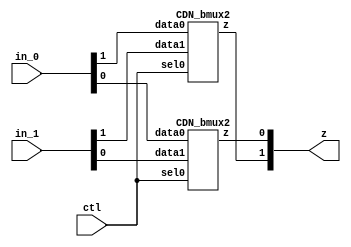

// Generated by Cadence Genus(TM) Synthesis Solution 18.10-p003_1
// Generated on: Jun 29 2019 16:19:10 EDT (Jun 29 2019 20:19:10 UTC)

// Verification Directory fv/gcd 

module bmux(ctl, in_0, in_1, z);
  input ctl;
  input [1:0] in_0, in_1;
  output [1:0] z;
  wire ctl;
  wire [1:0] in_0, in_1;
  wire [1:0] z;
  CDN_bmux2 g1(.sel0 (ctl), .data0 (in_0[1]), .data1 (in_1[1]), .z
       (z[1]));
  CDN_bmux2 g2(.sel0 (ctl), .data0 (in_0[0]), .data1 (in_1[0]), .z
       (z[0]));
endmodule

module RegRst_0x9f365fdf6c8998a(clk, in_, out, reset);
  input [0:0] clk, reset;
  input [1:0] in_;
  output [1:0] out;
  wire [0:0] clk, reset;
  wire [1:0] in_;
  wire [1:0] out;
  wire UNCONNECTED, UNCONNECTED0;
  bmux mux_out_359_9(.ctl (reset), .in_0 (in_), .in_1 (2'b00), .z
       ({UNCONNECTED0, UNCONNECTED}));
  CDN_flop \out_reg[0] (.clk (clk), .d (in_[0]), .sena (1'b1), .aclr
       (1'b0), .apre (1'b0), .srl (reset), .srd (1'b0), .q (out[0]));
  CDN_flop \out_reg[1] (.clk (clk), .d (in_[1]), .sena (1'b1), .aclr
       (1'b0), .apre (1'b0), .srl (reset), .srd (1'b0), .q (out[1]));
endmodule

module case_box(in_0, out_0);
  input [1:0] in_0;
  output [3:0] out_0;
  wire [1:0] in_0;
  wire [3:0] out_0;
  wire n_4, n_6;
  assign out_0[3] = ~(in_0[0] | in_0[1]);
  assign out_0[2] = ~(n_4 | in_0[1]);
  assign n_4 = ~(in_0[0]);
  assign out_0[1] = ~(in_0[0] | n_6);
  assign n_6 = ~(in_0[1]);
  assign out_0[0] = ~(n_4 | n_6);
endmodule

module mux(ctl, in_0, in_1, in_2, in_3, z);
  input [3:0] ctl, in_0, in_1, in_2, in_3;
  output [3:0] z;
  wire [3:0] ctl, in_0, in_1, in_2, in_3;
  wire [3:0] z;
  CDN_mux4 g1(.sel0 (ctl[3]), .data0 (in_0[3]), .sel1 (ctl[2]), .data1
       (in_1[3]), .sel2 (ctl[1]), .data2 (in_2[3]), .sel3 (ctl[0]),
       .data3 (in_3[3]), .z (z[3]));
  CDN_mux4 g5(.sel0 (ctl[3]), .data0 (in_0[2]), .sel1 (ctl[2]), .data1
       (in_1[2]), .sel2 (ctl[1]), .data2 (in_2[2]), .sel3 (ctl[0]),
       .data3 (in_3[2]), .z (z[2]));
  CDN_mux4 g6(.sel0 (ctl[3]), .data0 (in_0[1]), .sel1 (ctl[2]), .data1
       (in_1[1]), .sel2 (ctl[1]), .data2 (in_2[1]), .sel3 (ctl[0]),
       .data3 (in_3[1]), .z (z[1]));
  CDN_mux4 g7(.sel0 (ctl[3]), .data0 (in_0[0]), .sel1 (ctl[2]), .data1
       (in_1[0]), .sel2 (ctl[1]), .data2 (in_2[0]), .sel3 (ctl[0]),
       .data3 (in_3[0]), .z (z[0]));
endmodule

module bmux_10(ctl, in_0, in_1, in_2, in_3, z);
  input [1:0] ctl;
  input in_0, in_1, in_2, in_3;
  output z;
  wire [1:0] ctl;
  wire in_0, in_1, in_2, in_3;
  wire z;
  CDN_bmux4 g1(.sel0 (ctl[0]), .data0 (in_0), .data1 (in_1), .sel1
       (ctl[1]), .data2 (in_2), .data3 (in_3), .z (z));
endmodule

module bmux_12(ctl, in_0, in_1, in_2, in_3, z);
  input [1:0] ctl, in_0, in_1, in_2, in_3;
  output [1:0] z;
  wire [1:0] ctl, in_0, in_1, in_2, in_3;
  wire [1:0] z;
  CDN_bmux4 g1(.sel0 (ctl[0]), .data0 (in_0[1]), .data1 (in_1[1]),
       .sel1 (ctl[1]), .data2 (in_2[1]), .data3 (in_3[1]), .z (z[1]));
  CDN_bmux4 g2(.sel0 (ctl[0]), .data0 (in_0[0]), .data1 (in_1[0]),
       .sel1 (ctl[1]), .data2 (in_2[0]), .data3 (in_3[0]), .z (z[0]));
endmodule

module GcdUnitCtrlRTL_0x4d0fc71ead8d3d9e(a_mux_sel, a_reg_en,
     b_mux_sel, b_reg_en, clk, is_a_lt_b, is_b_zero, req_rdy, req_val,
     reset, resp_rdy, resp_val);
  input [0:0] clk, is_a_lt_b, is_b_zero, req_val, reset, resp_rdy;
  output [1:0] a_mux_sel;
  output [0:0] a_reg_en, b_mux_sel, b_reg_en, req_rdy, resp_val;
  wire [0:0] clk, is_a_lt_b, is_b_zero, req_val, reset, resp_rdy;
  wire [1:0] a_mux_sel;
  wire [0:0] a_reg_en, b_mux_sel, b_reg_en, req_rdy, resp_val;
  wire [1:0] state$in_;
  wire [1:0] state$out;
  wire [1:0] next_state__0;
  wire n_40, n_41, n_42, n_43, n_44, n_45, n_46, n_47;
  wire n_48, n_49, n_50, n_65, n_68, n_73;
  RegRst_0x9f365fdf6c8998a state(.clk (clk), .in_ (state$in_), .out
       (state$out), .reset (reset));
  bmux mux_next_state__0_201_24(.ctl (n_42), .in_0 (state$out), .in_1
       (2'b01), .z (next_state__0));
  bmux mux_next_state__0_210_24(.ctl (n_41), .in_0 (next_state__0),
       .in_1 (2'b10), .z ({n_44, n_43}));
  bmux mux_next_state__0_219_24(.ctl (n_40), .in_0 ({n_44, n_43}),
       .in_1 (2'b00), .z (state$in_));
  case_box ctl_285_10(.in_0 (state$out), .out_0 ({n_45, n_46, n_47,
       n_48}));
  mux mux_cmbsop_req_rdy_285_10(.ctl ({n_45, n_46, n_47, n_48}), .in_0
       (4'b1011), .in_1 (4'b0010), .in_2 (4'b0100), .in_3 (4'b0000), .z
       ({req_rdy, resp_val, a_reg_en, b_mux_sel}));
  bmux_10 mux_b_reg_en_285_10(.ctl (state$out), .in_0 (1'b1), .in_1
       (is_a_lt_b), .in_2 (1'b0), .in_3 (1'b0), .z (b_reg_en));
  bmux mux_299_21(.ctl (is_a_lt_b), .in_0 (2'b01), .in_1 (2'b10), .z
       ({n_50, n_49}));
  bmux_12 mux_a_mux_sel_285_10(.ctl (state$out), .in_0 (2'b00), .in_1
       ({n_50, n_49}), .in_2 (2'b00), .in_3 (2'b00), .z (a_mux_sel));
  assign n_68 = ~(state$out[1]);
  assign n_65 = ~(state$out[0]);
  assign n_40 = state$out[1] & n_65 & resp_val & resp_rdy;
  assign n_41 = n_73 & state$out[0] & n_68 & is_b_zero;
  assign n_73 = ~(is_a_lt_b);
  assign n_42 = n_65 & n_68 & req_val & req_rdy;
endmodule

module RegEn_0x68db79c4ec1d6e5b(clk, en, in_, out, reset);
  input [0:0] clk, en, reset;
  input [15:0] in_;
  output [15:0] out;
  wire [0:0] clk, en, reset;
  wire [15:0] in_;
  wire [15:0] out;
  CDN_flop \out_reg[0] (.clk (clk), .d (in_[0]), .sena (en), .aclr
       (1'b0), .apre (1'b0), .srl (1'b0), .srd (1'b0), .q (out[0]));
  CDN_flop \out_reg[1] (.clk (clk), .d (in_[1]), .sena (en), .aclr
       (1'b0), .apre (1'b0), .srl (1'b0), .srd (1'b0), .q (out[1]));
  CDN_flop \out_reg[2] (.clk (clk), .d (in_[2]), .sena (en), .aclr
       (1'b0), .apre (1'b0), .srl (1'b0), .srd (1'b0), .q (out[2]));
  CDN_flop \out_reg[3] (.clk (clk), .d (in_[3]), .sena (en), .aclr
       (1'b0), .apre (1'b0), .srl (1'b0), .srd (1'b0), .q (out[3]));
  CDN_flop \out_reg[4] (.clk (clk), .d (in_[4]), .sena (en), .aclr
       (1'b0), .apre (1'b0), .srl (1'b0), .srd (1'b0), .q (out[4]));
  CDN_flop \out_reg[5] (.clk (clk), .d (in_[5]), .sena (en), .aclr
       (1'b0), .apre (1'b0), .srl (1'b0), .srd (1'b0), .q (out[5]));
  CDN_flop \out_reg[6] (.clk (clk), .d (in_[6]), .sena (en), .aclr
       (1'b0), .apre (1'b0), .srl (1'b0), .srd (1'b0), .q (out[6]));
  CDN_flop \out_reg[7] (.clk (clk), .d (in_[7]), .sena (en), .aclr
       (1'b0), .apre (1'b0), .srl (1'b0), .srd (1'b0), .q (out[7]));
  CDN_flop \out_reg[8] (.clk (clk), .d (in_[8]), .sena (en), .aclr
       (1'b0), .apre (1'b0), .srl (1'b0), .srd (1'b0), .q (out[8]));
  CDN_flop \out_reg[9] (.clk (clk), .d (in_[9]), .sena (en), .aclr
       (1'b0), .apre (1'b0), .srl (1'b0), .srd (1'b0), .q (out[9]));
  CDN_flop \out_reg[10] (.clk (clk), .d (in_[10]), .sena (en), .aclr
       (1'b0), .apre (1'b0), .srl (1'b0), .srd (1'b0), .q (out[10]));
  CDN_flop \out_reg[11] (.clk (clk), .d (in_[11]), .sena (en), .aclr
       (1'b0), .apre (1'b0), .srl (1'b0), .srd (1'b0), .q (out[11]));
  CDN_flop \out_reg[12] (.clk (clk), .d (in_[12]), .sena (en), .aclr
       (1'b0), .apre (1'b0), .srl (1'b0), .srd (1'b0), .q (out[12]));
  CDN_flop \out_reg[13] (.clk (clk), .d (in_[13]), .sena (en), .aclr
       (1'b0), .apre (1'b0), .srl (1'b0), .srd (1'b0), .q (out[13]));
  CDN_flop \out_reg[14] (.clk (clk), .d (in_[14]), .sena (en), .aclr
       (1'b0), .apre (1'b0), .srl (1'b0), .srd (1'b0), .q (out[14]));
  CDN_flop \out_reg[15] (.clk (clk), .d (in_[15]), .sena (en), .aclr
       (1'b0), .apre (1'b0), .srl (1'b0), .srd (1'b0), .q (out[15]));
endmodule

module lt_unsigned(A, B, Z);
  input [15:0] A, B;
  output Z;
  wire [15:0] A, B;
  wire Z;
  wire n_52, n_53, n_54, n_55, n_56, n_57, n_58, n_59;
  wire n_60, n_61, n_62, n_63, n_64, n_65, n_66, n_68;
  wire n_69, n_71, n_72, n_73, n_74, n_75, n_76, n_77;
  wire n_78, n_79, n_80, n_81, n_82, n_83, n_84, n_85;
  wire n_86, n_87, n_88, n_89, n_90, n_91, n_92, n_93;
  wire n_94, n_95, n_96, n_97, n_98, n_99, n_100, n_101;
  wire n_102, n_103, n_104, n_105, n_106, n_107, n_108, n_109;
  wire n_110, n_111, n_112, n_113, n_114, n_115, n_116, n_117;
  wire n_118, n_121, n_122, n_123, n_124, n_127, n_129, n_130;
  wire n_131, n_132, n_133, n_134, n_137, n_139, n_140, n_141;
  wire n_142, n_143, n_144, n_147, n_149, n_150, n_151, n_152;
  wire n_153, n_154, n_162, n_163, n_164, n_165, n_166, n_169;
  wire n_177, n_178, n_179, n_180, n_181, n_200, n_201, n_202;
  assign n_52 = ~(B[15]);
  assign n_53 = ~(B[14]);
  assign n_54 = ~(B[13]);
  assign n_55 = ~(B[12]);
  assign n_56 = ~(B[11]);
  assign n_57 = ~(B[10]);
  assign n_58 = ~(B[9]);
  assign n_59 = ~(B[8]);
  assign n_60 = ~(B[7]);
  assign n_61 = ~(B[6]);
  assign n_62 = ~(B[5]);
  assign n_63 = ~(B[4]);
  assign n_64 = ~(B[3]);
  assign n_65 = ~(B[2]);
  assign n_66 = ~(B[1]);
  assign Z = ~(n_68);
  assign n_72 = ~(n_69 & B[0]);
  assign n_71 = ~(A[1] | n_66);
  assign n_74 = ~(A[1] & n_66);
  assign n_81 = ~(A[2] | n_65);
  assign n_76 = ~(A[2] & n_65);
  assign n_77 = ~(A[3] | n_64);
  assign n_78 = ~(A[3] & n_64);
  assign n_87 = ~(A[4] | n_63);
  assign n_82 = ~(A[4] & n_63);
  assign n_83 = ~(A[5] | n_62);
  assign n_84 = ~(A[5] & n_62);
  assign n_93 = ~(A[6] | n_61);
  assign n_88 = ~(A[6] & n_61);
  assign n_89 = ~(A[7] | n_60);
  assign n_90 = ~(A[7] & n_60);
  assign n_99 = ~(A[8] | n_59);
  assign n_94 = ~(A[8] & n_59);
  assign n_95 = ~(A[9] | n_58);
  assign n_96 = ~(A[9] & n_58);
  assign n_105 = ~(A[10] | n_57);
  assign n_100 = ~(A[10] & n_57);
  assign n_101 = ~(A[11] | n_56);
  assign n_102 = ~(A[11] & n_56);
  assign n_111 = ~(A[12] | n_55);
  assign n_106 = ~(A[12] & n_55);
  assign n_107 = ~(A[13] | n_54);
  assign n_108 = ~(A[13] & n_54);
  assign n_117 = ~(A[14] | n_53);
  assign n_112 = ~(A[14] & n_53);
  assign n_113 = ~(A[15] | n_52);
  assign n_114 = ~(A[15] & n_52);
  assign n_73 = ~(n_71);
  assign n_75 = ~(n_72 & n_73);
  assign n_118 = ~(n_74 & n_75);
  assign n_79 = ~(n_76 | n_77);
  assign n_80 = ~(n_78);
  assign n_122 = ~(n_79 | n_80);
  assign n_121 = ~(n_81 | n_77);
  assign n_85 = ~(n_82 | n_83);
  assign n_86 = ~(n_84);
  assign n_124 = ~(n_85 | n_86);
  assign n_127 = ~(n_87 | n_83);
  assign n_91 = ~(n_88 | n_89);
  assign n_92 = ~(n_90);
  assign n_131 = ~(n_91 | n_92);
  assign n_129 = ~(n_93 | n_89);
  assign n_97 = ~(n_94 | n_95);
  assign n_98 = ~(n_96);
  assign n_134 = ~(n_97 | n_98);
  assign n_137 = ~(n_99 | n_95);
  assign n_103 = ~(n_100 | n_101);
  assign n_104 = ~(n_102);
  assign n_141 = ~(n_103 | n_104);
  assign n_139 = ~(n_105 | n_101);
  assign n_109 = ~(n_106 | n_107);
  assign n_110 = ~(n_108);
  assign n_144 = ~(n_109 | n_110);
  assign n_147 = ~(n_111 | n_107);
  assign n_115 = ~(n_112 | n_113);
  assign n_116 = ~(n_114);
  assign n_151 = ~(n_115 | n_116);
  assign n_149 = ~(n_117 | n_113);
  assign n_123 = ~(n_121 & n_118);
  assign n_154 = ~(n_122 & n_123);
  assign n_130 = ~(n_129);
  assign n_132 = ~(n_124 | n_130);
  assign n_133 = ~(n_131);
  assign n_164 = ~(n_132 | n_133);
  assign n_162 = ~(n_127 & n_129);
  assign n_140 = ~(n_139);
  assign n_142 = ~(n_134 | n_140);
  assign n_143 = ~(n_141);
  assign n_166 = ~(n_142 | n_143);
  assign n_169 = ~(n_137 & n_139);
  assign n_150 = ~(n_149);
  assign n_152 = ~(n_144 | n_150);
  assign n_153 = ~(n_151);
  assign n_178 = ~(n_152 | n_153);
  assign n_177 = ~(n_147 & n_149);
  assign n_163 = ~(n_162);
  assign n_165 = ~(n_154 & n_163);
  assign n_181 = ~(n_164 & n_165);
  assign n_179 = ~(n_177 | n_166);
  assign n_180 = ~(n_178);
  assign n_201 = ~(n_179 | n_180);
  assign n_200 = ~(n_169 | n_177);
  assign n_202 = ~(n_200 & n_181);
  assign n_68 = ~(n_201 & n_202);
  assign n_69 = ~(A[0]);
endmodule

module LtComparator_0x422b1f52edd46a85(clk, in0, in1, out, reset);
  input [0:0] clk, reset;
  input [15:0] in0, in1;
  output [0:0] out;
  wire [0:0] clk, reset;
  wire [15:0] in0, in1;
  wire [0:0] out;
  lt_unsigned lt_613_16(.A (in0), .B (in1), .Z (out));
endmodule

module equal_unsigned_14(A, B, Z);
  input [15:0] A;
  input B;
  output Z;
  wire [15:0] A;
  wire B;
  wire Z;
  wire n_19, n_20, n_21, n_22, n_23, n_24, n_25;
  assign n_19 = ~(A[0] ^ B);
  assign n_20 = ~(A[15] | A[14] | A[13] | A[12]);
  assign n_21 = ~(A[11] | A[10] | A[9] | A[8]);
  assign n_22 = ~(A[7] | A[6] | A[5] | A[4]);
  assign n_23 = ~(A[3] | A[2] | A[1]);
  assign n_24 = ~(n_19 & n_20 & n_21 & n_22);
  assign n_25 = ~(n_23);
  assign Z = ~(n_24 | n_25);
endmodule

module ZeroComparator_0x422b1f52edd46a85(clk, in_, out, reset);
  input [0:0] clk, reset;
  input [15:0] in_;
  output [0:0] out;
  wire [0:0] clk, reset;
  wire [15:0] in_;
  wire [0:0] out;
  equal_unsigned_14 eq_643_16(.A (in_), .B (1'b0), .Z (out));
endmodule

module mux_15(ctl, in_0, in_1, in_2, z);
  input [2:0] ctl;
  input [15:0] in_0, in_1, in_2;
  output [15:0] z;
  wire [2:0] ctl;
  wire [15:0] in_0, in_1, in_2;
  wire [15:0] z;
  CDN_mux3 g1(.sel0 (ctl[2]), .data0 (in_0[15]), .sel1 (ctl[1]), .data1
       (in_1[15]), .sel2 (ctl[0]), .data2 (in_2[15]), .z (z[15]));
  CDN_mux3 g17(.sel0 (ctl[2]), .data0 (in_0[14]), .sel1 (ctl[1]),
       .data1 (in_1[14]), .sel2 (ctl[0]), .data2 (in_2[14]), .z
       (z[14]));
  CDN_mux3 g18(.sel0 (ctl[2]), .data0 (in_0[13]), .sel1 (ctl[1]),
       .data1 (in_1[13]), .sel2 (ctl[0]), .data2 (in_2[13]), .z
       (z[13]));
  CDN_mux3 g19(.sel0 (ctl[2]), .data0 (in_0[12]), .sel1 (ctl[1]),
       .data1 (in_1[12]), .sel2 (ctl[0]), .data2 (in_2[12]), .z
       (z[12]));
  CDN_mux3 g20(.sel0 (ctl[2]), .data0 (in_0[11]), .sel1 (ctl[1]),
       .data1 (in_1[11]), .sel2 (ctl[0]), .data2 (in_2[11]), .z
       (z[11]));
  CDN_mux3 g21(.sel0 (ctl[2]), .data0 (in_0[10]), .sel1 (ctl[1]),
       .data1 (in_1[10]), .sel2 (ctl[0]), .data2 (in_2[10]), .z
       (z[10]));
  CDN_mux3 g22(.sel0 (ctl[2]), .data0 (in_0[9]), .sel1 (ctl[1]), .data1
       (in_1[9]), .sel2 (ctl[0]), .data2 (in_2[9]), .z (z[9]));
  CDN_mux3 g23(.sel0 (ctl[2]), .data0 (in_0[8]), .sel1 (ctl[1]), .data1
       (in_1[8]), .sel2 (ctl[0]), .data2 (in_2[8]), .z (z[8]));
  CDN_mux3 g24(.sel0 (ctl[2]), .data0 (in_0[7]), .sel1 (ctl[1]), .data1
       (in_1[7]), .sel2 (ctl[0]), .data2 (in_2[7]), .z (z[7]));
  CDN_mux3 g25(.sel0 (ctl[2]), .data0 (in_0[6]), .sel1 (ctl[1]), .data1
       (in_1[6]), .sel2 (ctl[0]), .data2 (in_2[6]), .z (z[6]));
  CDN_mux3 g26(.sel0 (ctl[2]), .data0 (in_0[5]), .sel1 (ctl[1]), .data1
       (in_1[5]), .sel2 (ctl[0]), .data2 (in_2[5]), .z (z[5]));
  CDN_mux3 g27(.sel0 (ctl[2]), .data0 (in_0[4]), .sel1 (ctl[1]), .data1
       (in_1[4]), .sel2 (ctl[0]), .data2 (in_2[4]), .z (z[4]));
  CDN_mux3 g28(.sel0 (ctl[2]), .data0 (in_0[3]), .sel1 (ctl[1]), .data1
       (in_1[3]), .sel2 (ctl[0]), .data2 (in_2[3]), .z (z[3]));
  CDN_mux3 g29(.sel0 (ctl[2]), .data0 (in_0[2]), .sel1 (ctl[1]), .data1
       (in_1[2]), .sel2 (ctl[0]), .data2 (in_2[2]), .z (z[2]));
  CDN_mux3 g30(.sel0 (ctl[2]), .data0 (in_0[1]), .sel1 (ctl[1]), .data1
       (in_1[1]), .sel2 (ctl[0]), .data2 (in_2[1]), .z (z[1]));
  CDN_mux3 g31(.sel0 (ctl[2]), .data0 (in_0[0]), .sel1 (ctl[1]), .data1
       (in_1[0]), .sel2 (ctl[0]), .data2 (in_2[0]), .z (z[0]));
endmodule

module Mux_0x683fa1a418b072c9(clk, in_$000, in_$001, in_$002, out,
     reset, sel);
  input [0:0] clk, reset;
  input [15:0] in_$000, in_$001, in_$002;
  input [1:0] sel;
  output [15:0] out;
  wire [0:0] clk, reset;
  wire [15:0] in_$000, in_$001, in_$002;
  wire [1:0] sel;
  wire [15:0] out;
  wire n_3;
  mux_15 \mux_in_[sel]_686_11 (.ctl ({n_3, sel[0], sel[1]}), .in_0
       (in_$000), .in_1 (in_$001), .in_2 (in_$002), .z (out));
  assign n_3 = ~(sel[0] | sel[1]);
endmodule

module mux_30(ctl, in_0, in_1, z);
  input [1:0] ctl;
  input [15:0] in_0, in_1;
  output [15:0] z;
  wire [1:0] ctl;
  wire [15:0] in_0, in_1;
  wire [15:0] z;
  CDN_mux2 g1(.sel0 (ctl[1]), .data0 (in_0[15]), .sel1 (ctl[0]), .data1
       (in_1[15]), .z (z[15]));
  CDN_mux2 g17(.sel0 (ctl[1]), .data0 (in_0[14]), .sel1 (ctl[0]),
       .data1 (in_1[14]), .z (z[14]));
  CDN_mux2 g18(.sel0 (ctl[1]), .data0 (in_0[13]), .sel1 (ctl[0]),
       .data1 (in_1[13]), .z (z[13]));
  CDN_mux2 g19(.sel0 (ctl[1]), .data0 (in_0[12]), .sel1 (ctl[0]),
       .data1 (in_1[12]), .z (z[12]));
  CDN_mux2 g20(.sel0 (ctl[1]), .data0 (in_0[11]), .sel1 (ctl[0]),
       .data1 (in_1[11]), .z (z[11]));
  CDN_mux2 g21(.sel0 (ctl[1]), .data0 (in_0[10]), .sel1 (ctl[0]),
       .data1 (in_1[10]), .z (z[10]));
  CDN_mux2 g22(.sel0 (ctl[1]), .data0 (in_0[9]), .sel1 (ctl[0]), .data1
       (in_1[9]), .z (z[9]));
  CDN_mux2 g23(.sel0 (ctl[1]), .data0 (in_0[8]), .sel1 (ctl[0]), .data1
       (in_1[8]), .z (z[8]));
  CDN_mux2 g24(.sel0 (ctl[1]), .data0 (in_0[7]), .sel1 (ctl[0]), .data1
       (in_1[7]), .z (z[7]));
  CDN_mux2 g25(.sel0 (ctl[1]), .data0 (in_0[6]), .sel1 (ctl[0]), .data1
       (in_1[6]), .z (z[6]));
  CDN_mux2 g26(.sel0 (ctl[1]), .data0 (in_0[5]), .sel1 (ctl[0]), .data1
       (in_1[5]), .z (z[5]));
  CDN_mux2 g27(.sel0 (ctl[1]), .data0 (in_0[4]), .sel1 (ctl[0]), .data1
       (in_1[4]), .z (z[4]));
  CDN_mux2 g28(.sel0 (ctl[1]), .data0 (in_0[3]), .sel1 (ctl[0]), .data1
       (in_1[3]), .z (z[3]));
  CDN_mux2 g29(.sel0 (ctl[1]), .data0 (in_0[2]), .sel1 (ctl[0]), .data1
       (in_1[2]), .z (z[2]));
  CDN_mux2 g30(.sel0 (ctl[1]), .data0 (in_0[1]), .sel1 (ctl[0]), .data1
       (in_1[1]), .z (z[1]));
  CDN_mux2 g31(.sel0 (ctl[1]), .data0 (in_0[0]), .sel1 (ctl[0]), .data1
       (in_1[0]), .z (z[0]));
endmodule

module Mux_0xdd6473406d1a99a(clk, in_$000, in_$001, out, reset, sel);
  input [0:0] clk, reset, sel;
  input [15:0] in_$000, in_$001;
  output [15:0] out;
  wire [0:0] clk, reset, sel;
  wire [15:0] in_$000, in_$001;
  wire [15:0] out;
  wire n_2;
  mux_30 \mux_in_[sel]_727_11 (.ctl ({n_2, sel}), .in_0 (in_$000),
       .in_1 (in_$001), .z (out));
  assign n_2 = ~(sel);
endmodule

module sub_unsigned(A, B, Z);
  input [15:0] A, B;
  output [15:0] Z;
  wire [15:0] A, B;
  wire [15:0] Z;
  wire n_51, n_52, n_53, n_54, n_55, n_56, n_57, n_58;
  wire n_59, n_60, n_61, n_62, n_63, n_64, n_65, n_66;
  wire n_69, n_71, n_72, n_73, n_74, n_75, n_76, n_77;
  wire n_78, n_79, n_80, n_81, n_82, n_83, n_84, n_85;
  wire n_86, n_87, n_88, n_89, n_90, n_91, n_92, n_93;
  wire n_94, n_95, n_96, n_97, n_98, n_99, n_100, n_101;
  wire n_102, n_103, n_104, n_105, n_106, n_107, n_108, n_109;
  wire n_110, n_111, n_112, n_113, n_114, n_117, n_118, n_119;
  wire n_120, n_121, n_122, n_123, n_124, n_125, n_126, n_127;
  wire n_128, n_129, n_130, n_131, n_132, n_133, n_134, n_135;
  wire n_136, n_137, n_138, n_139, n_140, n_141, n_142, n_143;
  wire n_144, n_145, n_146, n_147, n_148, n_154, n_155, n_156;
  wire n_157, n_158, n_159, n_160, n_161, n_162, n_163, n_164;
  wire n_165, n_166, n_167, n_168, n_169, n_170, n_171, n_172;
  wire n_173, n_174, n_175, n_176, n_181, n_182, n_183, n_184;
  wire n_185, n_186, n_187, n_188, n_189, n_190, n_191, n_192;
  wire n_193, n_194, n_195, n_196, n_197, n_198, n_199, n_203;
  wire n_204, n_205, n_206, n_207, n_208, n_209, n_210, n_211;
  wire n_212, n_213, n_214, n_215, n_216, n_217, n_218, n_219;
  wire n_220, n_221, n_222, n_223, n_224, n_225, n_226, n_227;
  wire n_228, n_229, n_230, n_231, n_232, n_233, n_234, n_235;
  wire n_236, n_237;
  assign n_51 = ~(B[15]);
  assign n_52 = ~(B[14]);
  assign n_53 = ~(B[13]);
  assign n_54 = ~(B[12]);
  assign n_55 = ~(B[11]);
  assign n_56 = ~(B[10]);
  assign n_57 = ~(B[9]);
  assign n_58 = ~(B[8]);
  assign n_59 = ~(B[7]);
  assign n_60 = ~(B[6]);
  assign n_61 = ~(B[5]);
  assign n_62 = ~(B[4]);
  assign n_63 = ~(B[3]);
  assign n_64 = ~(B[2]);
  assign n_65 = ~(B[1]);
  assign n_66 = ~(B[0]);
  assign n_237 = A[0] ^ n_66;
  assign n_72 = ~(n_69 & B[0]);
  assign n_71 = ~(A[1] | n_65);
  assign n_74 = ~(A[1] & n_65);
  assign n_81 = ~(A[2] | n_64);
  assign n_76 = ~(A[2] & n_64);
  assign n_77 = ~(A[3] | n_63);
  assign n_78 = ~(A[3] & n_63);
  assign n_87 = ~(A[4] | n_62);
  assign n_82 = ~(A[4] & n_62);
  assign n_83 = ~(A[5] | n_61);
  assign n_84 = ~(A[5] & n_61);
  assign n_93 = ~(A[6] | n_60);
  assign n_88 = ~(A[6] & n_60);
  assign n_89 = ~(A[7] | n_59);
  assign n_90 = ~(A[7] & n_59);
  assign n_99 = ~(A[8] | n_58);
  assign n_94 = ~(A[8] & n_58);
  assign n_95 = ~(A[9] | n_57);
  assign n_96 = ~(A[9] & n_57);
  assign n_105 = ~(A[10] | n_56);
  assign n_100 = ~(A[10] & n_56);
  assign n_101 = ~(A[11] | n_55);
  assign n_102 = ~(A[11] & n_55);
  assign n_111 = ~(A[12] | n_54);
  assign n_106 = ~(A[12] & n_54);
  assign n_107 = ~(A[13] | n_53);
  assign n_108 = ~(A[13] & n_53);
  assign n_117 = ~(A[14] | n_52);
  assign n_112 = ~(A[14] & n_52);
  assign n_113 = ~(A[15] | n_51);
  assign n_114 = ~(A[15] & n_51);
  assign n_73 = ~(n_71);
  assign n_75 = ~(n_72 & n_73);
  assign n_118 = ~(n_74 & n_75);
  assign n_79 = ~(n_76 | n_77);
  assign n_80 = ~(n_78);
  assign n_122 = ~(n_79 | n_80);
  assign n_121 = ~(n_81 | n_77);
  assign n_85 = ~(n_82 | n_83);
  assign n_86 = ~(n_84);
  assign n_124 = ~(n_85 | n_86);
  assign n_127 = ~(n_87 | n_83);
  assign n_91 = ~(n_88 | n_89);
  assign n_92 = ~(n_90);
  assign n_131 = ~(n_91 | n_92);
  assign n_129 = ~(n_93 | n_89);
  assign n_97 = ~(n_94 | n_95);
  assign n_98 = ~(n_96);
  assign n_134 = ~(n_97 | n_98);
  assign n_137 = ~(n_99 | n_95);
  assign n_103 = ~(n_100 | n_101);
  assign n_104 = ~(n_102);
  assign n_141 = ~(n_103 | n_104);
  assign n_139 = ~(n_105 | n_101);
  assign n_109 = ~(n_106 | n_107);
  assign n_110 = ~(n_108);
  assign n_144 = ~(n_109 | n_110);
  assign n_147 = ~(n_111 | n_107);
  assign n_119 = ~(n_81);
  assign n_120 = ~(n_118 & n_119);
  assign n_206 = ~(n_76 & n_120);
  assign n_123 = ~(n_121 & n_118);
  assign n_154 = ~(n_122 & n_123);
  assign n_125 = ~(n_93 | n_124);
  assign n_126 = ~(n_88);
  assign n_160 = ~(n_125 | n_126);
  assign n_128 = ~(n_93);
  assign n_158 = ~(n_127 & n_128);
  assign n_130 = ~(n_129);
  assign n_132 = ~(n_124 | n_130);
  assign n_133 = ~(n_131);
  assign n_164 = ~(n_132 | n_133);
  assign n_162 = ~(n_127 & n_129);
  assign n_135 = ~(n_105 | n_134);
  assign n_136 = ~(n_100);
  assign n_187 = ~(n_135 | n_136);
  assign n_138 = ~(n_105);
  assign n_185 = ~(n_137 & n_138);
  assign n_140 = ~(n_139);
  assign n_142 = ~(n_134 | n_140);
  assign n_143 = ~(n_141);
  assign n_166 = ~(n_142 | n_143);
  assign n_169 = ~(n_137 & n_139);
  assign n_145 = ~(n_117 | n_144);
  assign n_146 = ~(n_112);
  assign n_174 = ~(n_145 | n_146);
  assign n_148 = ~(n_117);
  assign n_173 = ~(n_147 & n_148);
  assign n_155 = ~(n_87);
  assign n_156 = ~(n_154 & n_155);
  assign n_210 = ~(n_82 & n_156);
  assign n_157 = ~(n_127 & n_154);
  assign n_212 = ~(n_124 & n_157);
  assign n_159 = ~(n_158);
  assign n_161 = ~(n_154 & n_159);
  assign n_215 = ~(n_160 & n_161);
  assign n_163 = ~(n_162);
  assign n_165 = ~(n_154 & n_163);
  assign n_181 = ~(n_164 & n_165);
  assign n_167 = ~(n_111 | n_166);
  assign n_168 = ~(n_106);
  assign n_192 = ~(n_167 | n_168);
  assign n_191 = ~(n_111 | n_169);
  assign n_170 = ~(n_147);
  assign n_171 = ~(n_166 | n_170);
  assign n_172 = ~(n_144);
  assign n_195 = ~(n_171 | n_172);
  assign n_194 = ~(n_169 | n_170);
  assign n_175 = ~(n_173 | n_166);
  assign n_176 = ~(n_174);
  assign n_198 = ~(n_175 | n_176);
  assign n_197 = ~(n_169 | n_173);
  assign n_182 = ~(n_99);
  assign n_183 = ~(n_181 & n_182);
  assign n_219 = ~(n_94 & n_183);
  assign n_184 = ~(n_137 & n_181);
  assign n_221 = ~(n_134 & n_184);
  assign n_186 = ~(n_185);
  assign n_188 = ~(n_181 & n_186);
  assign n_224 = ~(n_187 & n_188);
  assign n_189 = ~(n_169);
  assign n_190 = ~(n_181 & n_189);
  assign n_227 = ~(n_166 & n_190);
  assign n_193 = ~(n_191 & n_181);
  assign n_230 = ~(n_192 & n_193);
  assign n_196 = ~(n_194 & n_181);
  assign n_232 = ~(n_195 & n_196);
  assign n_199 = ~(n_197 & n_181);
  assign n_235 = ~(n_198 & n_199);
  assign n_203 = ~(n_73 & n_74);
  assign Z[1] = ~(n_72 ^ n_203);
  assign n_204 = ~(n_119 & n_76);
  assign Z[2] = ~(n_118 ^ n_204);
  assign n_205 = ~(n_77);
  assign n_207 = ~(n_205 & n_78);
  assign Z[3] = ~(n_206 ^ n_207);
  assign n_208 = ~(n_155 & n_82);
  assign Z[4] = ~(n_154 ^ n_208);
  assign n_209 = ~(n_83);
  assign n_211 = ~(n_209 & n_84);
  assign Z[5] = ~(n_210 ^ n_211);
  assign n_213 = ~(n_128 & n_88);
  assign Z[6] = ~(n_212 ^ n_213);
  assign n_214 = ~(n_89);
  assign n_216 = ~(n_214 & n_90);
  assign Z[7] = ~(n_215 ^ n_216);
  assign n_217 = ~(n_182 & n_94);
  assign Z[8] = ~(n_181 ^ n_217);
  assign n_218 = ~(n_95);
  assign n_220 = ~(n_218 & n_96);
  assign Z[9] = ~(n_219 ^ n_220);
  assign n_222 = ~(n_138 & n_100);
  assign Z[10] = ~(n_221 ^ n_222);
  assign n_223 = ~(n_101);
  assign n_225 = ~(n_223 & n_102);
  assign Z[11] = ~(n_224 ^ n_225);
  assign n_226 = ~(n_111);
  assign n_228 = ~(n_226 & n_106);
  assign Z[12] = ~(n_227 ^ n_228);
  assign n_229 = ~(n_107);
  assign n_231 = ~(n_229 & n_108);
  assign Z[13] = ~(n_230 ^ n_231);
  assign n_233 = ~(n_148 & n_112);
  assign Z[14] = ~(n_232 ^ n_233);
  assign n_234 = ~(n_113);
  assign n_236 = ~(n_234 & n_114);
  assign Z[15] = ~(n_235 ^ n_236);
  assign n_69 = ~(A[0]);
  assign Z[0] = ~(n_237);
endmodule

module Subtractor_0x422b1f52edd46a85(clk, in0, in1, out, reset);
  input [0:0] clk, reset;
  input [15:0] in0, in1;
  output [15:0] out;
  wire [0:0] clk, reset;
  wire [15:0] in0, in1;
  wire [15:0] out;
  sub_unsigned sub_758_15(.A (in0), .B (in1), .Z (out));
endmodule

module GcdUnitDpathRTL_0x4d0fc71ead8d3d9e(a_mux_sel, a_reg_en,
     b_mux_sel, b_reg_en, clk, is_a_lt_b, is_b_zero, req_msg_a,
     req_msg_b, reset, resp_msg);
  input [1:0] a_mux_sel;
  input [0:0] a_reg_en, b_mux_sel, b_reg_en, clk, reset;
  input [15:0] req_msg_a, req_msg_b;
  output [0:0] is_a_lt_b, is_b_zero;
  output [15:0] resp_msg;
  wire [1:0] a_mux_sel;
  wire [0:0] a_reg_en, b_mux_sel, b_reg_en, clk, reset;
  wire [15:0] req_msg_a, req_msg_b;
  wire [0:0] is_a_lt_b, is_b_zero;
  wire [15:0] resp_msg;
  wire [15:0] a_mux$out;
  wire [15:0] a_reg$out;
  wire [15:0] b_reg$out;
  wire [15:0] b_mux$out;
  RegEn_0x68db79c4ec1d6e5b a_reg(.clk (clk), .en (a_reg_en), .in_
       (a_mux$out), .out (a_reg$out), .reset (reset));
  LtComparator_0x422b1f52edd46a85 a_lt_b(.clk (clk), .in0 (a_reg$out),
       .in1 (b_reg$out), .out (is_a_lt_b), .reset (reset));
  ZeroComparator_0x422b1f52edd46a85 b_zero(.clk (clk), .in_
       (b_reg$out), .out (is_b_zero), .reset (reset));
  Mux_0x683fa1a418b072c9 a_mux(.clk (clk), .in_$000 (req_msg_a),
       .in_$001 (resp_msg), .in_$002 (b_reg$out), .out (a_mux$out),
       .reset (reset), .sel (a_mux_sel));
  Mux_0xdd6473406d1a99a b_mux(.clk (clk), .in_$000 (a_reg$out),
       .in_$001 (req_msg_b), .out (b_mux$out), .reset (reset), .sel
       (b_mux_sel));
  Subtractor_0x422b1f52edd46a85 sub(.clk (clk), .in0 (a_reg$out), .in1
       (b_reg$out), .out (resp_msg), .reset (reset));
  RegEn_0x68db79c4ec1d6e5b b_reg(.clk (clk), .en (b_reg_en), .in_
       (b_mux$out), .out (b_reg$out), .reset (reset));
endmodule

module gcd(clk, req_msg, req_rdy, req_val, reset, resp_msg, resp_rdy,
     resp_val);
  input clk, req_val, reset, resp_rdy;
  input [31:0] req_msg;
  output req_rdy, resp_val;
  output [15:0] resp_msg;
  wire clk, req_val, reset, resp_rdy;
  wire [31:0] req_msg;
  wire req_rdy, resp_val;
  wire [15:0] resp_msg;
  wire [0:0] dpath$is_a_lt_b;
  wire [0:0] dpath$is_b_zero;
  wire [1:0] dpath$a_mux_sel;
  wire [1:0] ctrl$a_mux_sel;
  wire [0:0] ctrl$a_reg_en;
  wire [0:0] ctrl$b_mux_sel;
  wire [0:0] ctrl$b_reg_en;
  GcdUnitCtrlRTL_0x4d0fc71ead8d3d9e ctrl(.a_mux_sel
       ({dpath$a_mux_sel[1], ctrl$a_mux_sel[0]}), .a_reg_en
       (ctrl$a_reg_en), .b_mux_sel (ctrl$b_mux_sel), .b_reg_en
       (ctrl$b_reg_en), .clk (clk), .is_a_lt_b (dpath$is_a_lt_b),
       .is_b_zero (dpath$is_b_zero), .req_rdy (req_rdy), .req_val
       (req_val), .reset (reset), .resp_rdy (resp_rdy), .resp_val
       (resp_val));
  GcdUnitDpathRTL_0x4d0fc71ead8d3d9e dpath(.a_mux_sel
       ({dpath$a_mux_sel[1], ctrl$a_mux_sel[0]}), .a_reg_en
       (ctrl$a_reg_en), .b_mux_sel (ctrl$b_mux_sel), .b_reg_en
       (ctrl$b_reg_en), .clk (clk), .is_a_lt_b (dpath$is_a_lt_b),
       .is_b_zero (dpath$is_b_zero), .req_msg_a (req_msg[31:16]),
       .req_msg_b (req_msg[15:0]), .reset (reset), .resp_msg
       (resp_msg));
endmodule

`ifdef RC_CDN_GENERIC_GATE
`else
module CDN_flop(clk, d, sena, aclr, apre, srl, srd, q);
  input clk, d, sena, aclr, apre, srl, srd;
  output q;
  wire clk, d, sena, aclr, apre, srl, srd;
  wire q;
  reg  qi;
  assign #1 q = qi;
  always 
    @(posedge clk or posedge apre or posedge aclr) 
      if (aclr) 
        qi <= 0;
      else if (apre) 
          qi <= 1;
        else if (srl) 
            qi <= srd;
          else begin
            if (sena) 
              qi <= d;
          end
  initial 
    qi <= 1'b0;
endmodule
`endif
`ifdef RC_CDN_GENERIC_GATE
`else
`ifdef ONE_HOT_MUX // captures one-hot property of select inputs
module CDN_mux4(sel0, data0, sel1, data1, sel2, data2, sel3, data3, z);
  input sel0, data0, sel1, data1, sel2, data2, sel3, data3;
  output z;
  wire sel0, data0, sel1, data1, sel2, data2, sel3, data3;
  reg  z;
  always 
    @(sel0 or sel1 or sel2 or sel3 or data0 or data1 or data2 or data3) 
      case ({sel0, sel1, sel2, sel3})
       4'b1000: z = data0;
       4'b0100: z = data1;
       4'b0010: z = data2;
       4'b0001: z = data3;
       default: z = 1'bX;
      endcase
endmodule
`else
module CDN_mux4(sel0, data0, sel1, data1, sel2, data2, sel3, data3, z);
  input sel0, data0, sel1, data1, sel2, data2, sel3, data3;
  output z;
  wire sel0, data0, sel1, data1, sel2, data2, sel3, data3;
  wire z;
  wire w_0, w_1, w_2, w_3;
  assign w_0 = sel0 & data0;
  assign w_1 = sel1 & data1;
  assign w_2 = sel2 & data2;
  assign w_3 = sel3 & data3;
  assign z = w_0 | w_1 | w_2 | w_3;
endmodule
`endif // ONE_HOT_MUX
`endif
`ifdef RC_CDN_GENERIC_GATE
`else
`ifdef ONE_HOT_MUX // captures one-hot property of select inputs
module CDN_mux3(sel0, data0, sel1, data1, sel2, data2, z);
  input sel0, data0, sel1, data1, sel2, data2;
  output z;
  wire sel0, data0, sel1, data1, sel2, data2;
  reg  z;
  always 
    @(sel0 or sel1 or sel2 or data0 or data1 or data2) 
      case ({sel0, sel1, sel2})
       3'b100: z = data0;
       3'b010: z = data1;
       3'b001: z = data2;
       default: z = 1'bX;
      endcase
endmodule
`else
module CDN_mux3(sel0, data0, sel1, data1, sel2, data2, z);
  input sel0, data0, sel1, data1, sel2, data2;
  output z;
  wire sel0, data0, sel1, data1, sel2, data2;
  wire z;
  wire w_0, w_1, w_2;
  assign w_0 = sel0 & data0;
  assign w_1 = sel1 & data1;
  assign w_2 = sel2 & data2;
  assign z = w_0 | w_1 | w_2;
endmodule
`endif // ONE_HOT_MUX
`endif
`ifdef RC_CDN_GENERIC_GATE
`else
`ifdef ONE_HOT_MUX // captures one-hot property of select inputs
module CDN_mux2(sel0, data0, sel1, data1, z);
  input sel0, data0, sel1, data1;
  output z;
  wire sel0, data0, sel1, data1;
  reg  z;
  always 
    @(sel0 or sel1 or data0 or data1) 
      case ({sel0, sel1})
       2'b10: z = data0;
       2'b01: z = data1;
       default: z = 1'bX;
      endcase
endmodule
`else
module CDN_mux2(sel0, data0, sel1, data1, z);
  input sel0, data0, sel1, data1;
  output z;
  wire sel0, data0, sel1, data1;
  wire z;
  wire w_0, w_1;
  assign w_0 = sel0 & data0;
  assign w_1 = sel1 & data1;
  assign z = w_0 | w_1;
endmodule
`endif // ONE_HOT_MUX
`endif
`ifdef RC_CDN_GENERIC_GATE
`else
`ifdef ONE_HOT_MUX
module CDN_bmux2(sel0, data0, data1, z);
  input sel0, data0, data1;
  output z;
  wire sel0, data0, data1;
  reg  z;
  always 
    @(sel0 or data0 or data1) 
      case ({sel0})
       1'b0: z = data0;
       1'b1: z = data1;
      endcase
endmodule
`else
module CDN_bmux2(sel0, data0, data1, z);
  input sel0, data0, data1;
  output z;
  wire sel0, data0, data1;
  wire z;
  wire inv_sel0, w_0, w_1;
  assign inv_sel0 = ~(sel0);
  assign w_0 = inv_sel0 & data0;
  assign w_1 = sel0 & data1;
  assign z = w_0 | w_1;
endmodule
`endif // ONE_HOT_MUX
`endif
`ifdef RC_CDN_GENERIC_GATE
`else
`ifdef ONE_HOT_MUX
module CDN_bmux4(sel0, data0, data1, sel1, data2, data3, z);
  input sel0, data0, data1, sel1, data2, data3;
  output z;
  wire sel0, data0, data1, sel1, data2, data3;
  reg  z;
  always 
    @(sel0 or sel1 or data0 or data1 or data2 or data3) 
      case ({sel0, sel1})
       2'b00: z = data0;
       2'b10: z = data1;
       2'b01: z = data2;
       2'b11: z = data3;
      endcase
endmodule
`else
module CDN_bmux4(sel0, data0, data1, sel1, data2, data3, z);
  input sel0, data0, data1, sel1, data2, data3;
  output z;
  wire sel0, data0, data1, sel1, data2, data3;
  wire z;
  wire inv_sel0, inv_sel1, w_0, w_1, w_2, w_3;
  assign inv_sel0 = ~(sel0);
  assign inv_sel1 = ~(sel1);
  assign w_0 = inv_sel1 & inv_sel0 & data0;
  assign w_1 = inv_sel1 & sel0 & data1;
  assign w_2 = sel1 & inv_sel0 & data2;
  assign w_3 = sel1 & sel0 & data3;
  assign z = w_0 | w_1 | w_2 | w_3;
endmodule
`endif // ONE_HOT_MUX
`endif